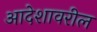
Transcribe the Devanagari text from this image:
आदेशावरील